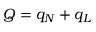
Q = q _ { N } + q _ { L }